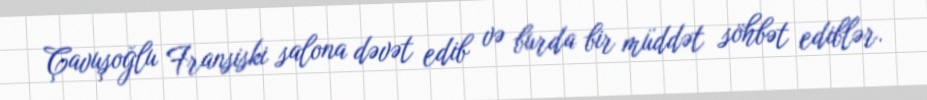
Çavuşoğlu Fransiski salona dəvət edib və burda bir müddət söhbət ediblər.